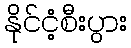
နိုင်ငံ့စီးပွား